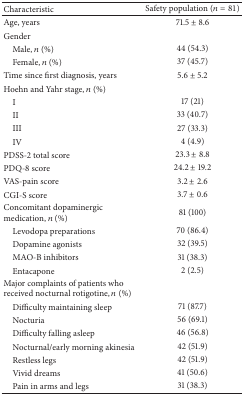
| Characteristic | Safety population (n = 81) |
 | --- | --- |
 | Age, years | 71.5 ± 8.6 |
 | Gender |  |
 | Male, n (%) | 44 (54.3) |
 | Female, n (%) | 37 (45.7) |
 | Time since first diagnosis, years | 5.6 ± 5.2 |
 | Hoehn and Yahr stage, n (%) |  |
 | I | 17 (21) |
 | II | 33 (40.7) |
 | III | 27 (33.3) |
 | IV | 4 (4.9) |
 | PDSS-2 total score | 23.3 ± 8.8 |
 | PDQ-8 score | 24.2 ± 19.2 |
 | VAS-pain score | 3.2 ± 2.6 |
 | CGI-S score | 3.7 ± 0.6 |
 | Concomitant dopaminergic medication, n (%) | 81 (100) |
 | Levodopa preparations | 70 (86.4) |
 | Dopamine agonists | 32 (39.5) |
 | MAO-B inhibitors | 31 (38.3) |
 | Entacapone | 2 (2.5) |
 | Major complaints of patients who received nocturnal rotigotine, n (%) |  |
 | Difficulty maintaining sleep | 71 (87.7) |
 | Nocturia | 56 (69.1) |
 | Difficulty falling asleep | 46 (56.8) |
 | Nocturnal/early morning akinesia | 42 (51.9) |
 | Restless legs | 42 (51.9) |
 | Vivid dreams | 41 (50.6) |
 | Pain in arms and legs | 31 (38.3) |